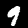
Label: 9